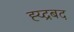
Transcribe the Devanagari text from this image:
ह्य्द्रबद